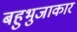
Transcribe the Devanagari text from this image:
बहुभुजाकार